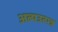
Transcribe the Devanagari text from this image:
अल्पउत्पन्न